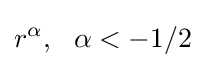
r^{\alpha },\ \ \alpha <-1/2